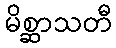
မိစ္ဆာသတီ